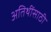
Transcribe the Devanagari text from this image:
अतिथींसाठी